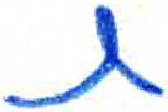
אות: ת